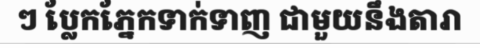
ៗ ប្លែកភ្នែកទាក់ទាញ ជាមួយនឹងតារា